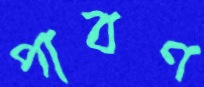
পাবণ